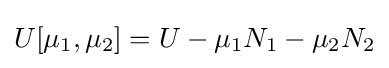
U[\mu _{1},\mu _{2}]=U-\mu _{1}N_{1}-\mu _{2}N_{2}